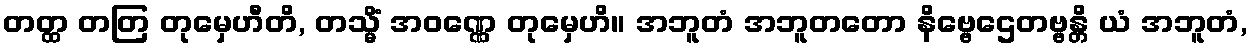
တတ္ထ တတြ တုမှေဟီတိ, တသ္မိံ အဝဏ္ဏေ တုမှေဟိ။ အဘူတံ အဘူတတော နိဗ္ဗေဌေတဗ္ဗန္တိ ယံ အဘူတံ,